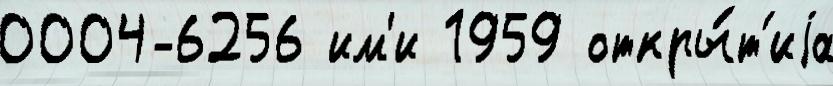
0004-6256 им'и 1959 откры́т'иjа